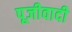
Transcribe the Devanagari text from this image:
पूजीवादी